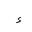
Letter: _hamza